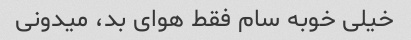
خیلی خوبه سام فقط هوای بد، میدونی